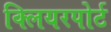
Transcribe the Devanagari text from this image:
क्लियरपोर्ट